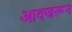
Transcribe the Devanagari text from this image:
आवजरून